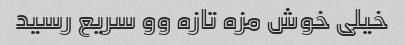
خیلی خوش مزه تازه وو سریع رسید